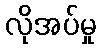
လိုအပ်မှု